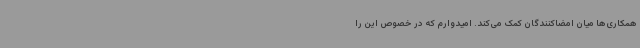
همکاری‌ها میان امضاکنندگان کمک می‌کند. امیدوارم که در خصوص این را